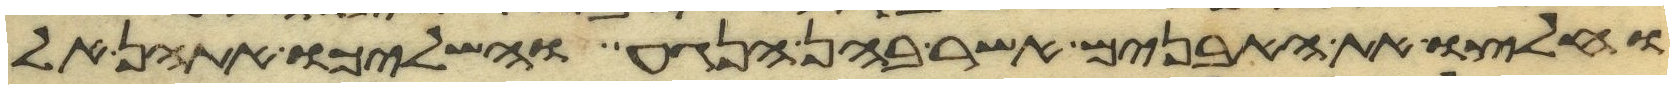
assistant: וחלצו את האבנים אשר בהן הנגע והשליכו אתהן אל